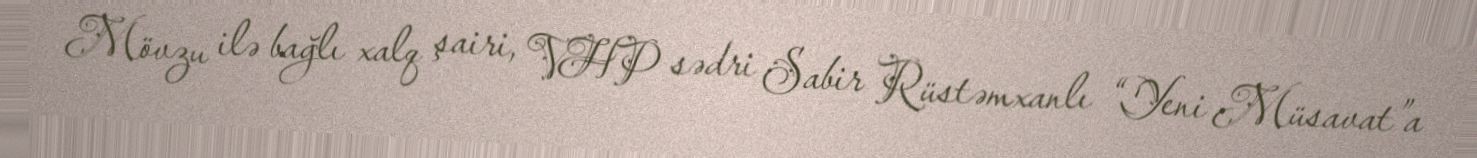
Mövzu ilə bağlı xalq şairi, VHP sədri Sabir Rüstəmxanlı “Yeni Müsavat”a